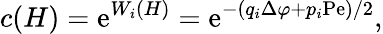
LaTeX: c(H)=\mathrm{e}^{W_{i}(H)}=\mathrm{e}^{-(q_{i}\Delta\varphi+p_{i}\mathrm{Pe})/2},